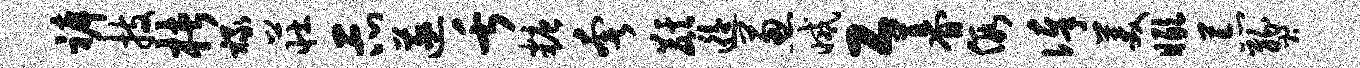
裤技楮禄庄示遂舌糖奢麒逅葱减工暮假俸美瞰荒燹